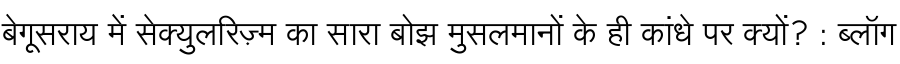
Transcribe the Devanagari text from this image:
बेगूसराय में सेक्युलरिज़्म का सारा बोझ मुसलमानों के ही कांधे पर क्यों? : ब्लॉग